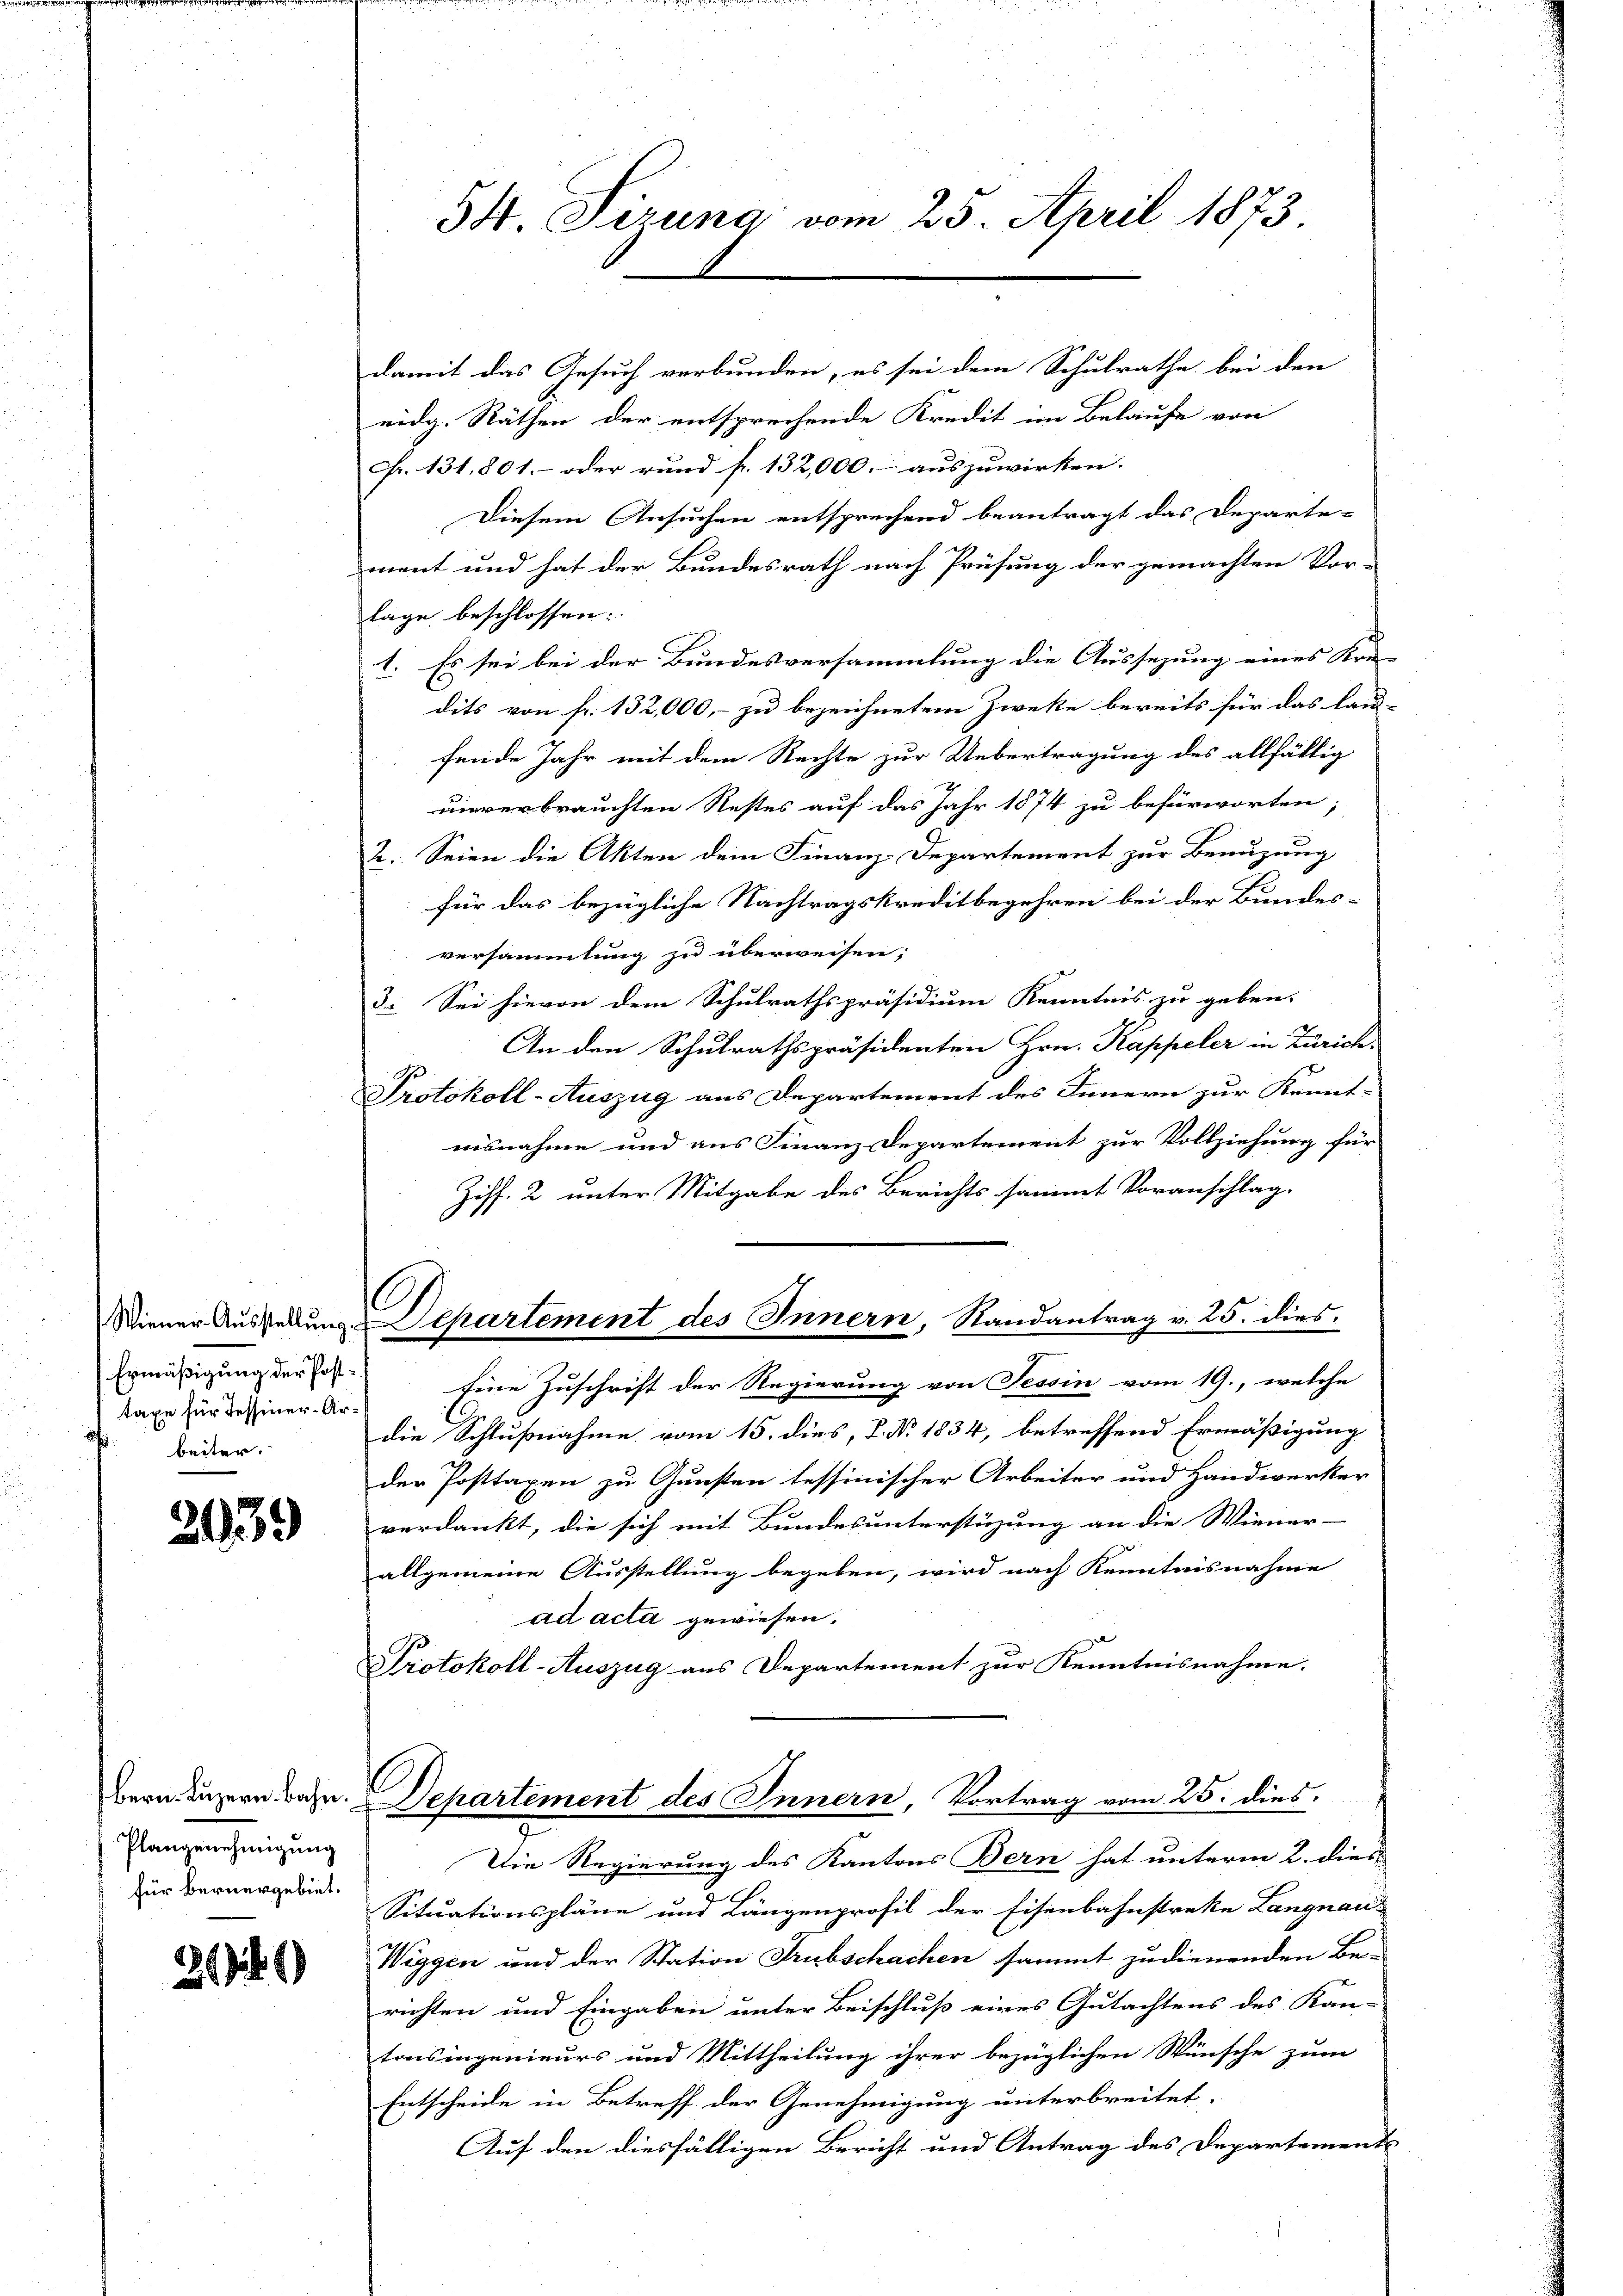
Wiener Ausstellung
Ermäßigung der Posttaxe für Tessiner-Arbeiter.

2039

Plangenehmigung
für Bernergebiet.

266)

54. Tirung vom 25. April 1873

damit das Gesuch verbunden, es sei dem Schulrathe bei den
eidg. Räthen der entsprechende Kredit im Belaufe von
Fr. 131,801. - oder rund fr. 132,000.- auszuwirken.
Diesem Ansuchen entsprechend beantragt das Departe-
ment und hat der Bundesrath nach Prüfung der gemachten Vor-
lage beschlossen:
1. Es sei bei der Bundesversammlung die Aussezung eines Kre-
dits von fr. 132,000, - zu bezeichnetem Zwecke bereits für das lau-
fende Jahr mit dem Rechte zur Uebertragung des allfällig
uinverbrauchten Restes auf das Jahr 1874 zu befürworten;
2. Seien die Akten dem Finanz-Departement zur Benuzung
für das bezügliche Nachtragskreditbegehren bei der Bundes-
versammlung zu überweisen;
3. Sei hievon dem Schulrathspräsidium Kenntnis zu geben.
An den Schulrathspräsidenten Hrn. Kappeler in Zürich
Protokoll-Auszug aus Departement des Innern zur Kennt-
nisnahme und aus Finanz-Departement zur Vollziehung für
Ziff. 2 unter Mitgabe des Berichts sammt Voranschlag.
C
Departement des Innern, Randantrag v. 25. dies
Eine Zuschrift der Regierung von Tessin vom 19., welche
die Schlußnahme vom 15. dies, P. Nr. 1834, betreffend Ermäßigung
der Posttaxen zu Gunsten tessinischer Arbeiter und Handwerker
verdankt, die sich mit Bundesunterstüzung an die Wiener-
allgemeine Ausstellung begeben, wird nach Kenntnisnahme
ad acta gewiesen.
Protokoll-Auszug aus Departement zur Kenntnisnahme.

¬
Bern Luzern Bahn. Departement des Innern, Vortrag vom 25. dies
7

Die Regierung des Kantons Bern hat unterm 2. dies
Situationspläne und Längenprofil der Eisenbahnstreke Langnau-
Wiggen und der Station Trubschachen sammt zudienenden Be-
richten und Eingaben unter Beischluß eines Gutachtens des Kan-
tonsingenieurs und Mittheilung ihrer bezüglichen Wünsche zum
Entscheide in Betreff der Genehmigung unterbreitet.
Auf den diesfälligen Bericht und Antrag des Departements